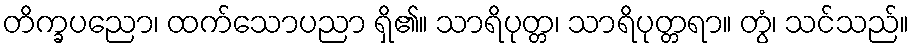
တိက္ခပညော၊ ထက်သောပညာ ရှိ၏။ သာရိပုတ္တ၊ သာရိပုတ္တရာ။ တွံ၊ သင်သည်။